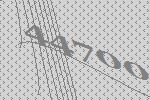
44700